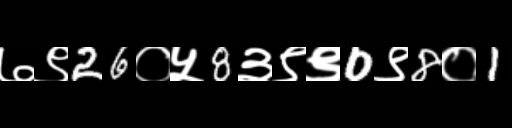
Text: ७९26०५8३९९0९8०1